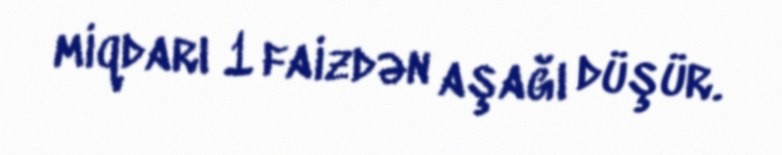
miqdarı 1 faizdən aşağı düşür.